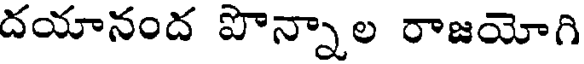
దయానంద పొన్నాల రాజయోగి